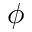
\phi